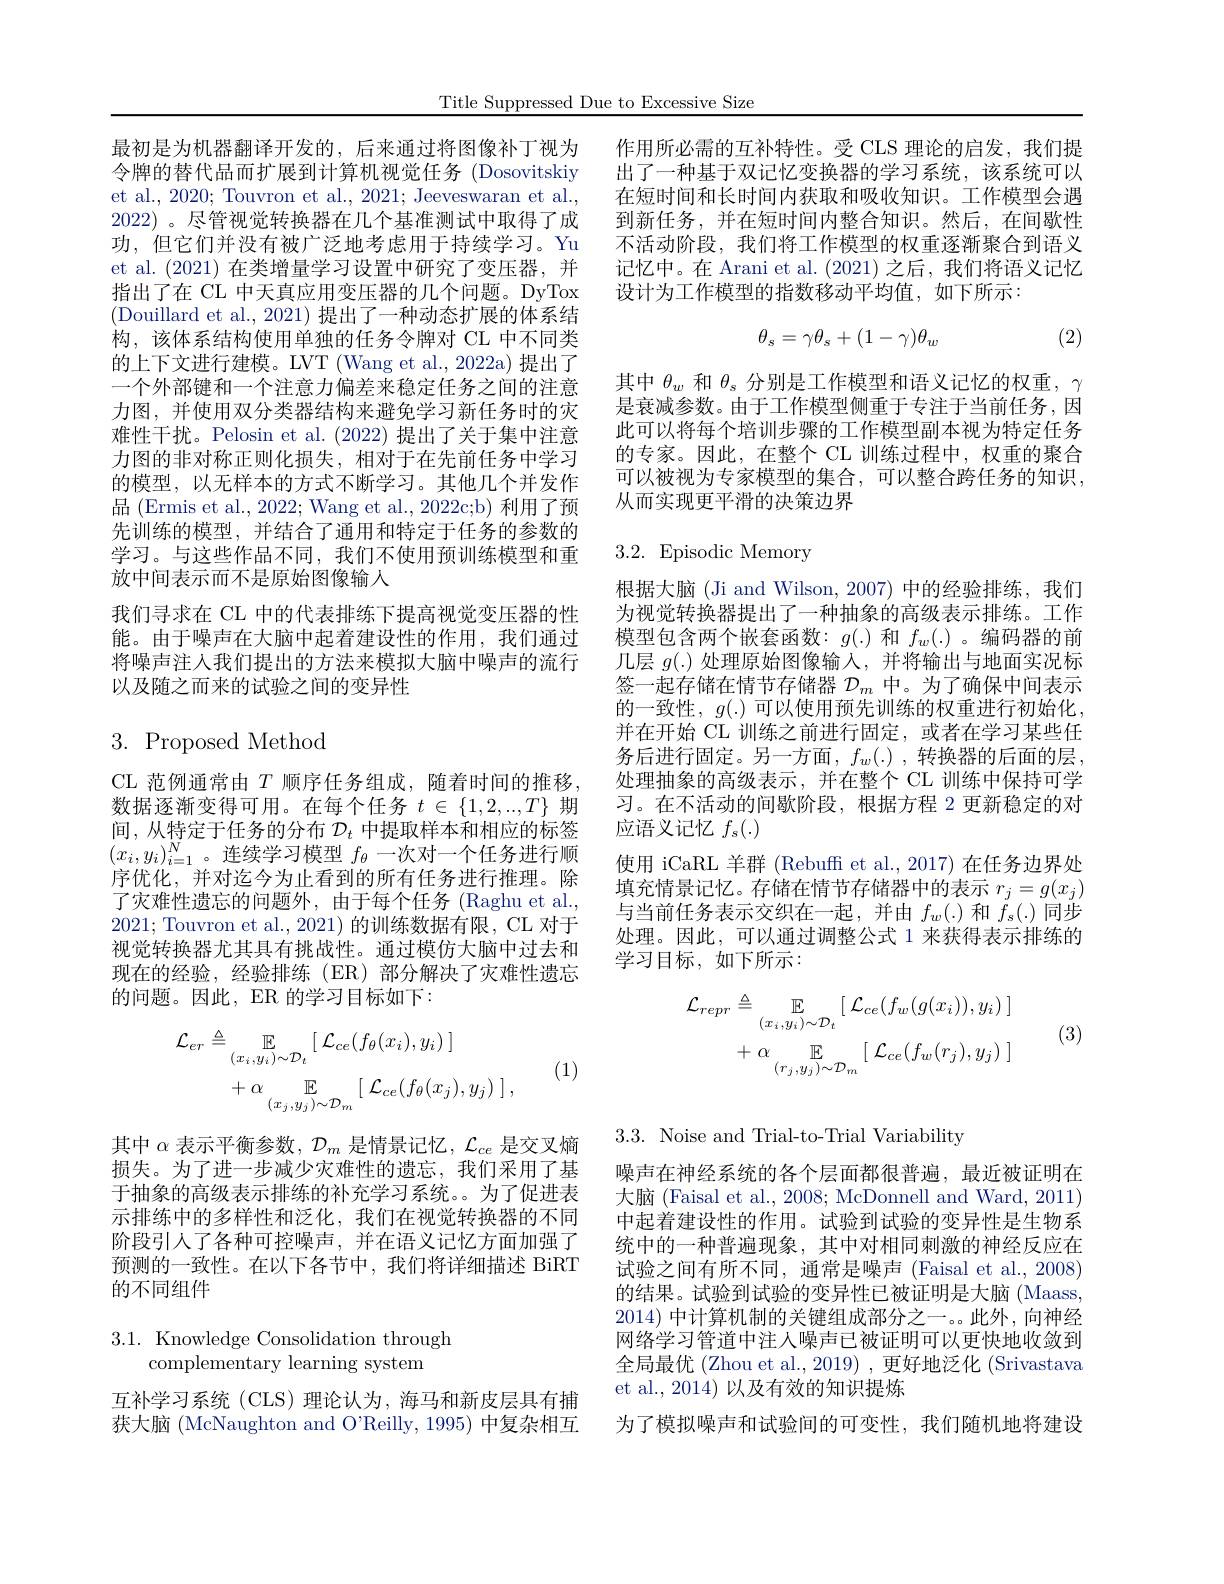
Title Suppressed Due to Excessive Size

et al., 2020; Touvron et al., 2021; Jeeveswaran et al., 2022) 。尽管视觉转换器在几个基准测试中取得了成功，但它们并没有被广泛地考虑用于持续学习。Yu et al. (2021) 在类增量学习设置中研究了变压器，并指出了在 CL 中天真应用变压器的几个问题。DyTox (Douillard et al., 2021) 提出了一种动态扩展的体系结构，该体系结构使用单独的任务令牌对 CL 中不同类的上下文进行建模。LVT (Wang et al., 2022a) 提出了一个外部键和一个注意力偏差来稳定任务之间的注意力图，并使用双分类器结构来避免学习新任务时的灾难性干扰。Pelosin et al. (2022)提出了关于集中注意力图的非对称正则化损失，相对于在先前任务中学习的模型，以无样本的方式不断学习。其他几个并发作品 (Ermis et al., 2022; Wang et al., 2022c;b) 利用了预先训练的模型，并结合了通用和特定于任务的参数的学习。与这些作品不同，我们不使用预训练模型和重放中间表示而不是原始图像输人
我们寻求在 CL 中的代表排练下提高视觉变压器的性能。由于噪声在大脑中起着建设性的作用，我们通过将噪声注人我们提出的方法来模拟大脑中噪声的流行以及随之而来的试验之间的变异性

# $3.{\mathrm{~Proposed~Method}}$

CL 范例通常由 $T$ 顺序任务组成，随着时间的推移， 数据逐渐变得可用。在每个任务$t\in\{1,2,..,T\}$期间，从特定于任务的分布$\mathcal{D}_t$中提取样本和相应的标签$(x_i,y_i)_{i=1}^N$。连续学习模型$f_\theta$一次对一个任务进行顺序优化，并对迄今为止看到的所有任务进行推理。除了灾难性遗忘的问题外，由于每个任务 (Raghu et al., 2021; Touvron et al., 2021) 的训练数据有限，CL 对于视觉转换器尤其具有挑战性。通过模仿大脑中过去和现在的经验，经验排练 (ER)部分解决了灾难性遗忘的问题。因此，ER 的学习目标如下：
$$\begin{aligned}\mathcal{L}_{er}&\triangleq\mathbb{E}_{(x_{i},y_{i})\sim\mathcal{D}_{t}}[\:\mathcal{L}_{ce}(f_{\theta}(x_{i}),y_{i})\:]\\&+\alpha\underset{(x_{j},y_{j})\sim\mathcal{D}_{m}}{\mathbb{E}}[\:\mathcal{L}_{ce}(f_{\theta}(x_{j}),y_{j})\:]\:,\end{aligned}$$
(1)

其中$\alpha$表示平衡参数，$\mathcal{D}_m$是情景记忆，$\mathcal{L}_ce$是交叉熵损失。为了进一步减少灾难性的遗忘，我们采用了基于抽象的高级表示排练的补充学习系统。为了促进表示排练中的多样性和泛化，我们在视觉转换器的不同阶段引人了各种可控噪声，并在语义记忆方面加强了预测的一致性。在以下各节中，我们将详细描述 BiRT 的不同组件

$3.1.{\mathrm{~Knowledge~Consolidation~through}}$
complementary learning system

互补学习系统 (CLS) 理论认为，海马和新皮层具有捕获大脑 (McNaughton and O'Reilly, 1995) 中复杂相互

最初是为机器翻译开发的，后来通过将图像补丁视为 作用所必需的互补特性。受 CLS 理论的启发，我们提令牌的替代品而扩展到计算机视觉任务 (Dosovitskiy 出了一种基于双记忆变换器的学习系统，该系统可以
在短时间和长时间内获取和吸收知识。工作模型会遇到新任务，并在短时间内整合知识。然后，在间歇性不活动阶段，我们将工作模型的权重逐渐聚合到语义记忆中。在 Arani et al. (2021)之后，我们将语义记忆设计为工作模型的指数移动平均值，如下所示：
$$\theta_s=\gamma\theta_s+(1-\gamma)\theta_w$$
(2)

其中$\theta_w$和$\theta_s$分别是工作模型和语义记忆的权重，$\gamma$ 是衰减参数。由于工作模型侧重于专注于当前任务，因此可以将每个培训步骤的工作模型副本视为特定任务的专家。因此，在整个 CL 训练过程中，权重的聚合可以被视为专家模型的集合，可以整合跨任务的知识， 从而实现更平滑的决策边界

# 3.2. Episodic Memory

根据大脑 (Ji and Wilson, 2007) 中的经验排练，我们为视觉转换器提出了一种抽象的高级表示排练。工作模型包含两个嵌套函数：$g(.)$和$f_w(.)$ 。编码器的前几层$g(.)$处理原始图像输入，并将输出与地面实况标签一起存储在情节存储器$\mathcal{D}_m$中。为了确保中间表示的一致性，$g(.)$可以使用预先训练的权重进行初始化， 并在开始 CL 训练之前进行固定，或者在学习某些任务后进行固定。另一方面，$f_w(\cdot)$,转换器的后面的层， 处理抽象的高级表示，并在整个 CL 训练中保持可学习。在不活动的间歇阶段，根据方程 2 更新稳定的对应语义记忆$f_s(.)$
使用 iCaRL 羊群 (Rebuff et al., 2017) 在任务边界处填充情景记忆。存储在情节存储器中的表示$r_j=g(x_j)$ 与当前任务表示交织在一起，并由$f_w(.)$和$f_s(.)$同步处理。因此，可以通过调整公式 1 来获得表示排练的学习目标，如下所示：
$$\begin{aligned}\mathcal{L}_{repr}&\triangleq\mathbb{E}_{(x_{i},y_{i})\sim\mathcal{D}_{t}}[\:\mathcal{L}_{ce}(f_{w}(g(x_{i})),y_{i})\:]\\&+\:\alpha\:\mathbb{E}_{(r_{j},y_{j})\sim\mathcal{D}_{m}}\:[\:\mathcal{L}_{ce}(f_{w}(r_{j}),y_{j})\:]\end{aligned}$$
(3)

3.3. Noise and Trial-to-Trial Variability

噪声在神经系统的各个层面都很普遍，最近被证明在大脑 (Faisal et al., 2008; McDonnell and Ward, 2011) 中起着建设性的作用。试验到试验的变异性是生物系统中的一种普遍现象，其中对相同刺激的神经反应在试验之间有所不同，通常是噪声 (Faisal et al., 2008) 的结果。试验到试验的变异性已被证明是大脑(Maass, 2014)中计算机制的关键组成部分之一。此外，向神经网络学习管道中注人噪声已被证明可以更快地收敛到全局最优 (Zhou et al., 2019) , 更好地泛化 (Srivastava et al., 2014) 以及有效的知识提炼
为了模拟噪声和试验间的可变性，我们随机地将建设